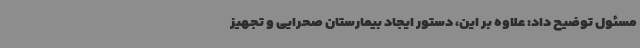
مسئول توضیح داد: علاوه بر این، دستور ایجاد بیمارستان صحرایی و تجهیز